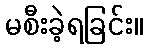
မစီးခဲ့ရခြင်း။